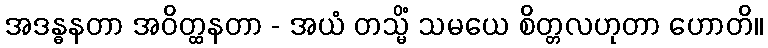
အဒန္ဓနတာ အဝိတ္ထနတာ - အယံ တသ္မိံ သမယေ စိတ္တလဟုတာ ဟောတိ။